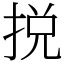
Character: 捝